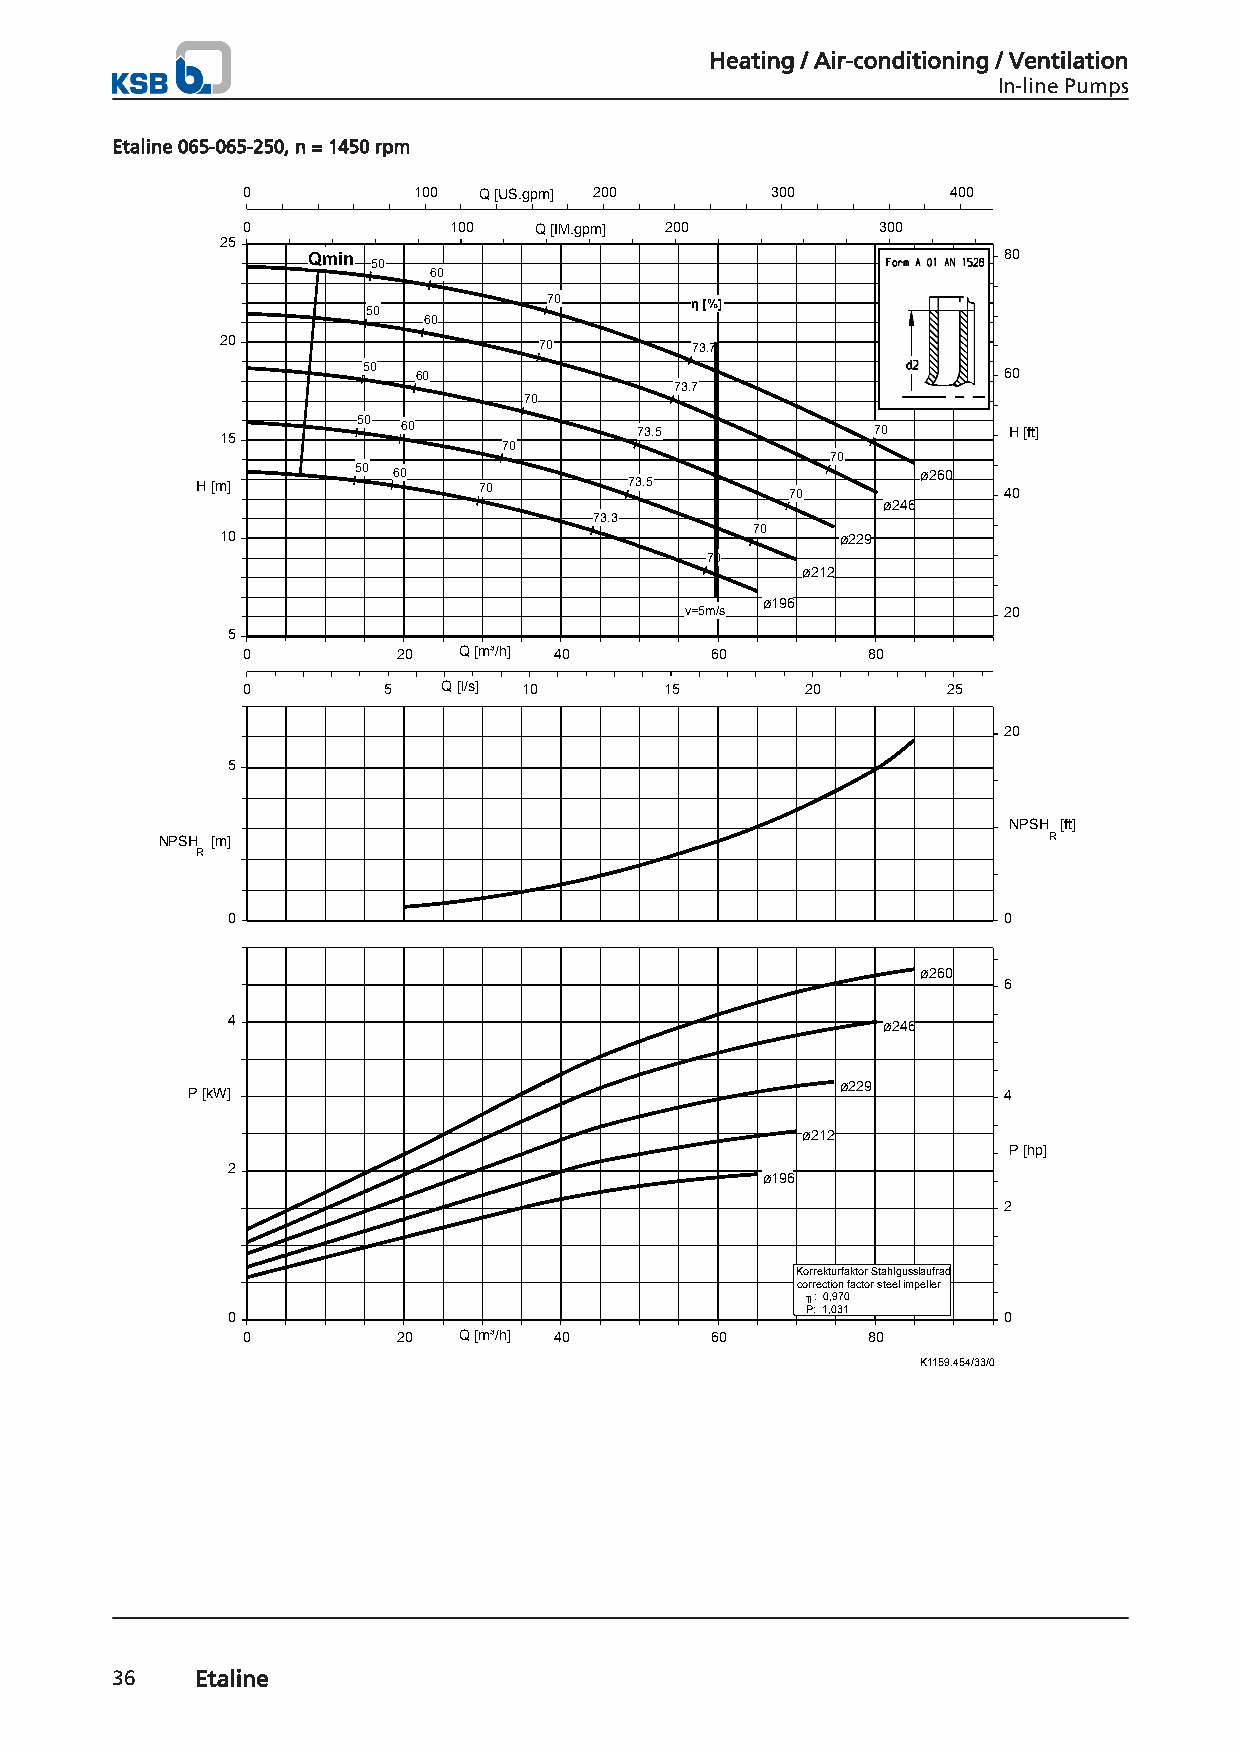
Heating / Air-conditioning / Ventilation
 In-line Pumps
 Etaline 065-065-250, n = 1450 rpm
 0          100  Q [US.gpm] 200     300         400
 0             100  Q [IM.gpm] 200         300
 25
 Qmin                                          80
 50
 60
 70        η [%]
 50
 60
 20                   70        73.7
 50 60                                     60
 73.7
 70
 50
 15          60             73.5            70       H [ft]
 70
 70
 50 60                                 ø260
 H [m]              70        73.5      70            40
 ø246
 73.3
 10                                 70    ø229
 70
 ø212
 ø196
 v=5m/s               20
 5
 0         20  Q [m³/h] 40      60        80
 0        5   Q [l/s] 10     15       20        25
 20
 5
 NPSH [ft]
 NPSH [m]                                                   R
 R
 0                                                  0
 ø260
 6
 4                                          ø246
 ø229
 P [kW]                                                4
 ø212
 P [hp]
 2
 ø196
 2
 Korrekturfaktor Stahlgusslaufrad
 correction factor steel impeller
 ╖: 0,970
 P: 1,031
 0                                                  0
 0         20  Q [m³/h] 40      60        80
 K1159.454/33/0
 36    Etaline